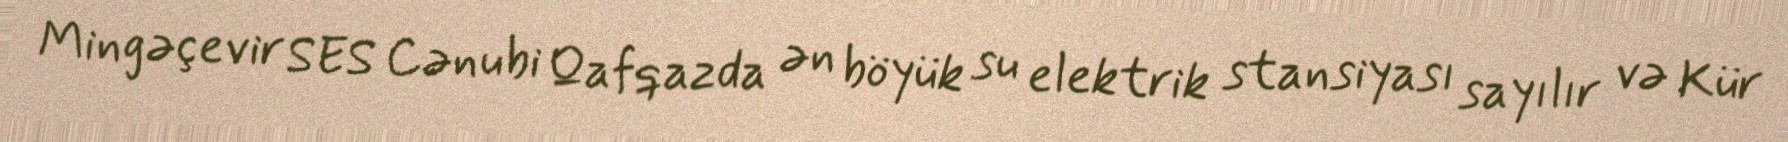
Mingəçevir SES Cənubi Qafqazda ən böyük su elektrik stansiyası sayılır və Kür